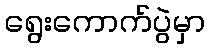
ရွေးကောက်ပွဲမှာ